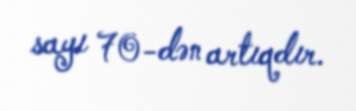
sayı 70-dən artıqdır.